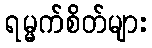
ရမ္မက်စိတ်များ